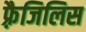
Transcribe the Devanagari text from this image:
फ़्रैजिलिस